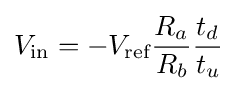
V_{\text{in}}=-V_{\text{ref}}{\frac {R_{a}}{R_{b}}}{\frac {t_{d}}{t_{u}}}